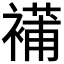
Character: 𧜿